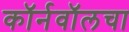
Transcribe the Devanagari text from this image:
कॉर्नवॉलचा